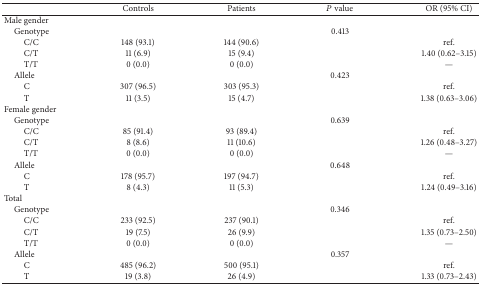
<table><thead><tr><td><b> </b></td><td><b>Controls</b></td><td><b>Patients</b></td><td><b><i>P</i> value</b></td><td><b>OR (95% CI)</b></td></tr></thead><tbody><tr><td>Male gender</td><td> </td><td> </td><td> </td><td> </td></tr><tr><td> Genotype</td><td> </td><td> </td><td>0.413</td><td> </td></tr><tr><td>C/C </td><td>148 (93.1)</td><td>144 (90.6)</td><td> </td><td>ref.</td></tr><tr><td>C/T</td><td>11 (6.9)</td><td>15 (9.4)</td><td> </td><td>1.40 (0.62–3.15)</td></tr><tr><td>T/T</td><td>0 (0.0)</td><td>0 (0.0)</td><td> </td><td>—</td></tr><tr><td> Allele</td><td> </td><td> </td><td>0.423</td><td> </td></tr><tr><td>C</td><td>307 (96.5)</td><td>303 (95.3)</td><td> </td><td>ref.</td></tr><tr><td>T</td><td>11 (3.5)</td><td>15 (4.7)</td><td> </td><td>1.38 (0.63–3.06)</td></tr><tr><td>Female gender</td><td> </td><td> </td><td> </td><td> </td></tr><tr><td> Genotype</td><td> </td><td> </td><td>0.639</td><td> </td></tr><tr><td>C/C </td><td>85 (91.4)</td><td>93 (89.4)</td><td> </td><td>ref.</td></tr><tr><td>C/T</td><td>8 (8.6)</td><td>11 (10.6)</td><td> </td><td>1.26 (0.48–3.27)</td></tr><tr><td>T/T</td><td>0 (0.0)</td><td>0 (0.0)</td><td> </td><td>—</td></tr><tr><td> Allele</td><td> </td><td> </td><td>0.648</td><td> </td></tr><tr><td>C</td><td>178 (95.7)</td><td>197 (94.7)</td><td> </td><td>ref.</td></tr><tr><td>T</td><td>8 (4.3)</td><td>11 (5.3)</td><td> </td><td>1.24 (0.49–3.16)</td></tr><tr><td>Total</td><td> </td><td> </td><td> </td><td> </td></tr><tr><td> Genotype</td><td> </td><td> </td><td>0.346</td><td> </td></tr><tr><td>C/C </td><td>233 (92.5)</td><td>237 (90.1)</td><td> </td><td>ref.</td></tr><tr><td>C/T</td><td>19 (7.5)</td><td>26 (9.9)</td><td> </td><td>1.35 (0.73–2.50)</td></tr><tr><td>T/T</td><td>0 (0.0)</td><td>0 (0.0)</td><td> </td><td>—</td></tr><tr><td> Allele</td><td> </td><td> </td><td>0.357</td><td> </td></tr><tr><td>C</td><td>485 (96.2)</td><td>500 (95.1)</td><td> </td><td>ref.</td></tr><tr><td>T</td><td>19 (3.8)</td><td>26 (4.9)</td><td> </td><td>1.33 (0.73–2.43)</td></tr></tbody></table>